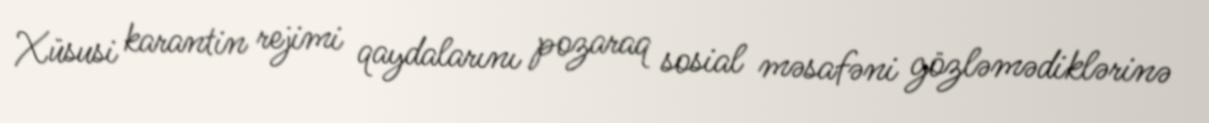
Xüsusi karantin rejimi qaydalarını pozaraq sosial məsafəni gözləmədiklərinə